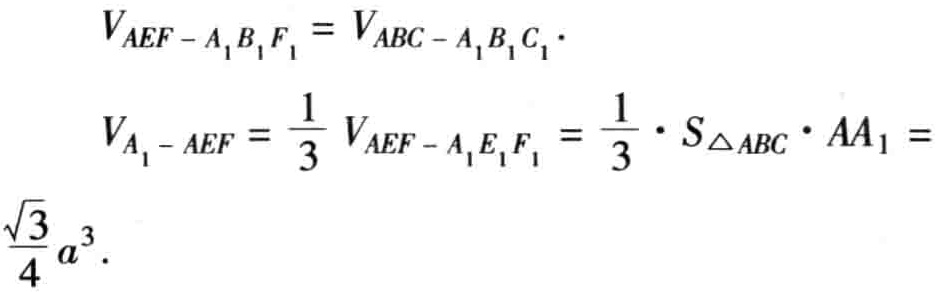
\[

\begin{align*}

V_{AEF - A_{1}B_{1}F_{1}}&=V_{ABC - A_{1}B_{1}C_{1}}\\

V_{A_{1} - AEF}&=\frac{1}{3}V_{AEF - A_{1}E_{1}F_{1}}=\frac{1}{3}\cdot S_{\triangle ABC}\cdot AA_{1}=\\

\frac{\sqrt{3}}{4}a^{3}

\end{align*}

\]